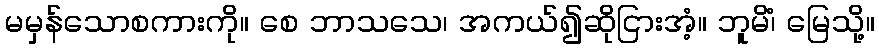
မမှန်သောစကားကို။ စေ ဘာသသေ၊ အကယ်၍ဆိုငြားအံ့။ ဘူမိံ၊ မြေသို့။